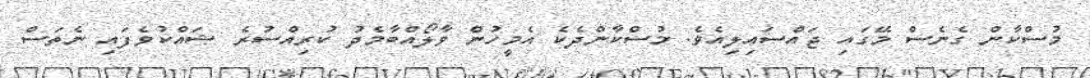
މުސްކާން ގެނެސް މޭގައި ޖައްސައިލިއެވެ. މުސްކާންދެކެ އެމީހުން ވާލޯއްބާމެދު ކުރިއްސުރެ ޝައްކުވެފައި ނެތަސް